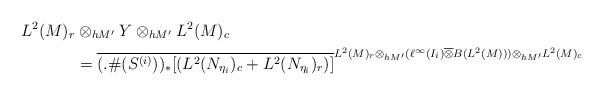
LaTeX: \begin{align*}L^2(M)_r&\otimes_{hM'}Y\otimes_{hM'}L^2(M)_c\\&=\overline{(.\#(S^{(i)}))_*[(L^2(N_{\eta_i})_c+ L^2(N_{\eta_i})_r)]}^{L^2(M)_r\otimes_{h M'}(\ell^{\infty}(I_i)\overline{\otimes} B(L^2(M)))\otimes_{h M'}L^2(M)_c} \end{align*}